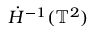
\dot { H } ^ { - 1 } ( \ensuremath { \mathbb { T } } ^ { 2 } )